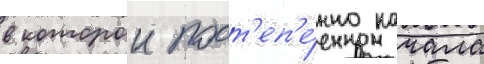
в которои пост'еп'е́нно начала